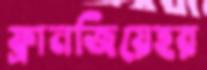
ফ্রানজিয়েহর